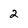
Character: 2